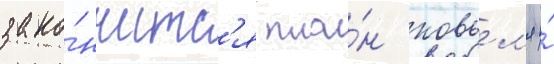
зако́нчитс'я пла́н ковьел'я и́